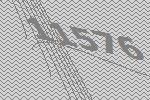
11576